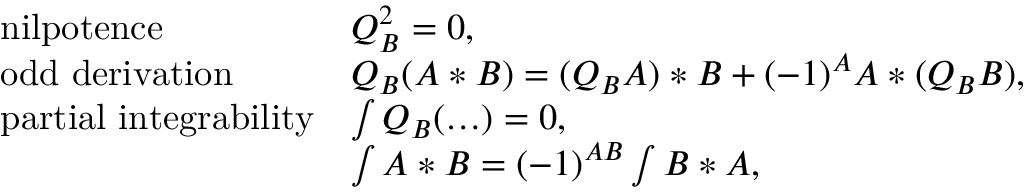
\left. \begin{array} { l l } { { \mathrm { n i l p o t e n c e } } } & { { Q _ { B } ^ { 2 } = 0 , } } \\ { { \mathrm { o d d ~ d e r i v a t i o n } } } & { { Q _ { B } ( A * B ) = ( Q _ { B } A ) * B + ( - 1 ) ^ { A } A * ( Q _ { B } B ) , } } \\ { { \mathrm { p a r t i a l ~ i n t e g r a b i l i t y } } } & { { \int Q _ { B } ( \ldots ) = 0 , } } \\ { { } } & { { \int A * B = ( - 1 ) ^ { A B } \int B * A , } } \end{array} \right.